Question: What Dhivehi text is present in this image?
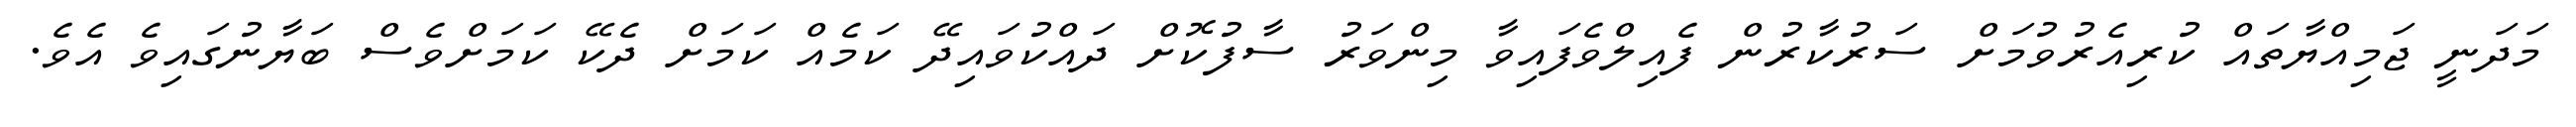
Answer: މަދަނީ ޖަމިއްޔާތައް ކުރިއެރުވުމަށް ސަރުކާރުން ފެއިލްވެފައިވާ މިންވަރު ސާފުކޮށް ދައްކުވައިދޭ ކަމެއް ކަމަށް ދެކޭ ކަމަށްވެސް ބަޔާނުގައިވެ އެވެ.